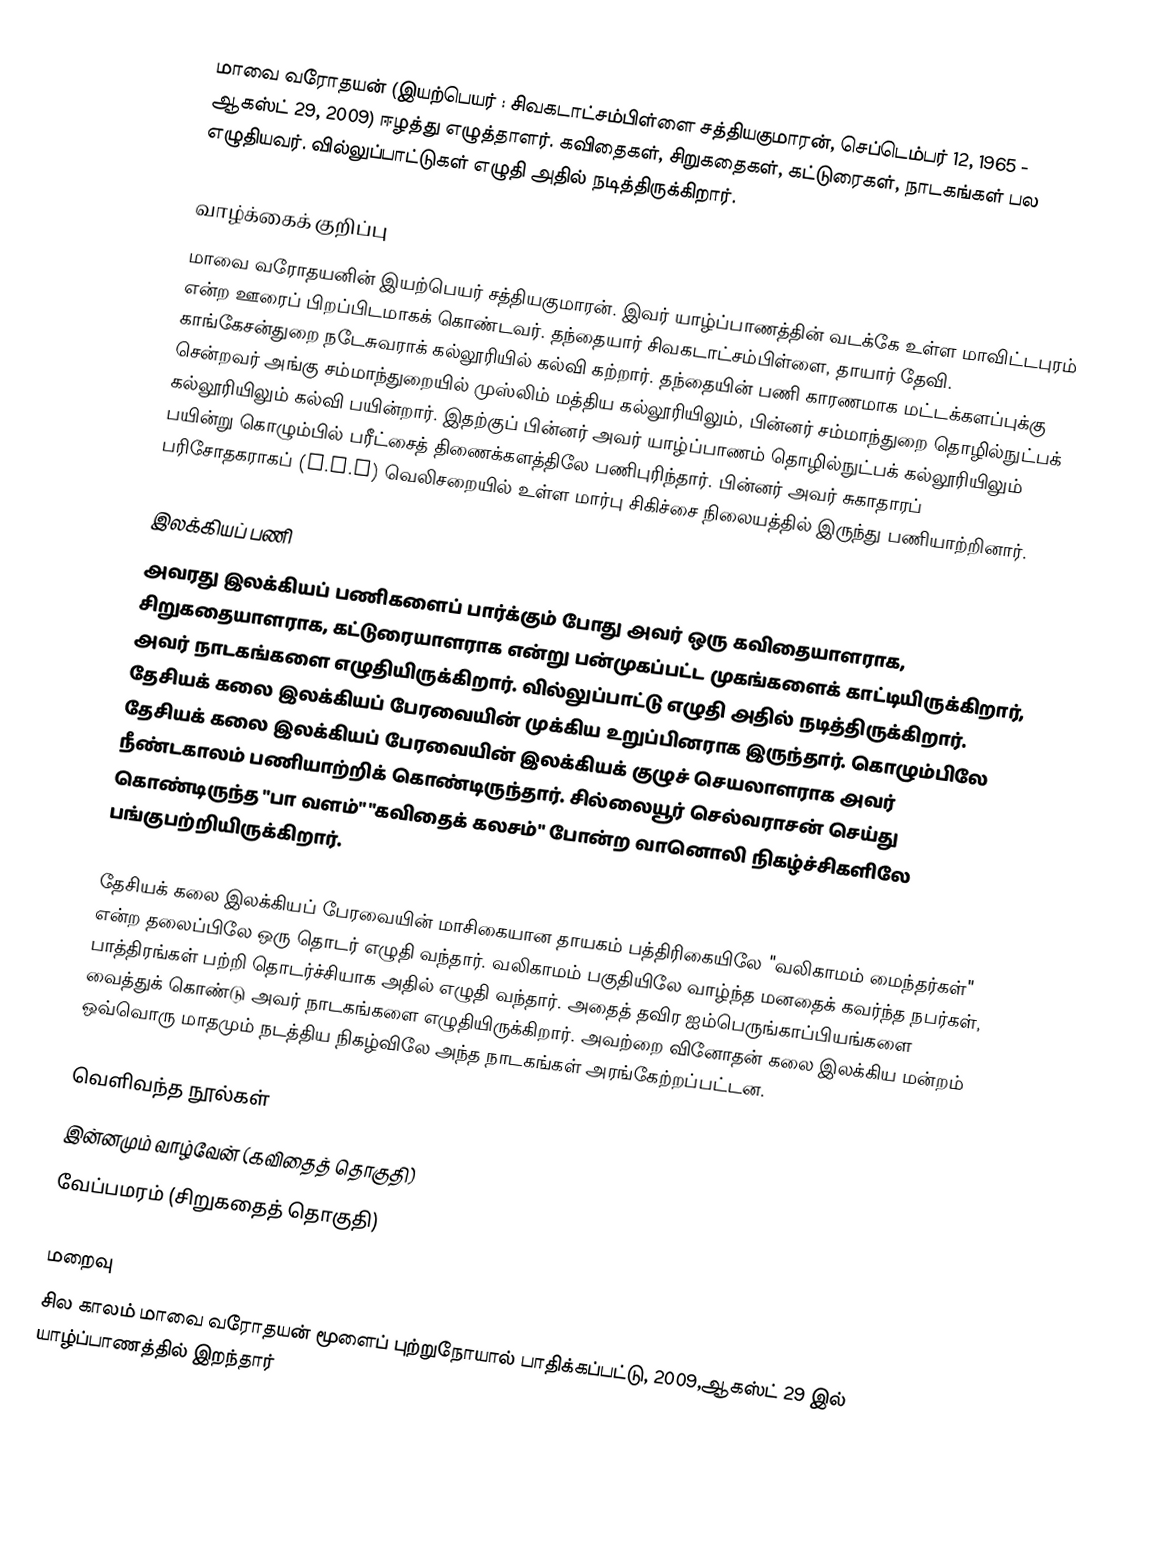
மாவை வரோதயன் (இயற்பெயர் : சிவகடாட்சம்பிள்ளை சத்தியகுமாரன், செப்டெம்பர் 12, 1965 - ஆகஸ்ட் 29, 2009) ஈழத்து எழுத்தாளர். கவிதைகள், சிறுகதைகள், கட்டுரைகள், நாடகங்கள் பல எழுதியவர். வில்லுப்பாட்டுகள் எழுதி அதில் நடித்திருக்கிறார்.

வாழ்க்கைக் குறிப்பு
மாவை வரோதயனின் இயற்பெயர் சத்தியகுமாரன். இவர் யாழ்ப்பாணத்தின் வடக்கே உள்ள மாவிட்டபுரம் என்ற ஊரைப் பிறப்பிடமாகக் கொண்டவர். தந்தையார் சிவகடாட்சம்பிள்ளை, தாயார் தேவி. காங்கேசன்துறை நடேசுவராக் கல்லூரியில் கல்வி கற்றார். தந்தையின் பணி காரணமாக மட்டக்களப்புக்கு சென்றவர் அங்கு சம்மாந்துறையில் முஸ்லிம் மத்திய கல்லூரியிலும், பின்னர் சம்மாந்துறை தொழில்நுட்பக் கல்லூரியிலும் கல்வி பயின்றார். இதற்குப் பின்னர் அவர் யாழ்ப்பாணம் தொழில்நுட்பக் கல்லூரியிலும் பயின்று கொழும்பில் பரீட்சைத் திணைக்களத்திலே பணிபுரிந்தார். பின்னர் அவர் சுகாதாரப் பரிசோதகராகப் (P.H.I) வெலிசறையில் உள்ள மார்பு சிகிச்சை நிலையத்தில் இருந்து பணியாற்றினார்.

இலக்கியப் பணி
அவரது இலக்கியப் பணிகளைப் பார்க்கும் போது அவர் ஒரு கவிதையாளராக, சிறுகதையாளராக, கட்டுரையாளராக என்று பன்முகப்பட்ட முகங்களைக் காட்டியிருக்கிறார், அவர் நாடகங்களை எழுதியிருக்கிறார். வில்லுப்பாட்டு எழுதி அதில் நடித்திருக்கிறார். தேசியக் கலை இலக்கியப் பேரவையின் முக்கிய உறுப்பினராக இருந்தார். கொழும்பிலே தேசியக் கலை இலக்கியப் பேரவையின் இலக்கியக் குழுச் செயலாளராக அவர் நீண்டகாலம் பணியாற்றிக் கொண்டிருந்தார். சில்லையூர் செல்வராசன் செய்து கொண்டிருந்த "பா வளம்" "கவிதைக் கலசம்" போன்ற வானொலி நிகழ்ச்சிகளிலே பங்குபற்றியிருக்கிறார்.

தேசியக் கலை இலக்கியப் பேரவையின் மாசிகையான தாயகம் பத்திரிகையிலே "வலிகாமம் மைந்தர்கள்" என்ற தலைப்பிலே ஒரு தொடர் எழுதி வந்தார். வலிகாமம் பகுதியிலே வாழ்ந்த மனதைக் கவர்ந்த நபர்கள், பாத்திரங்கள் பற்றி தொடர்ச்சியாக அதில் எழுதி வந்தார். அதைத் தவிர ஐம்பெருங்காப்பியங்களை வைத்துக் கொண்டு அவர் நாடகங்களை எழுதியிருக்கிறார். அவற்றை வினோதன் கலை இலக்கிய மன்றம் ஒவ்வொரு மாதமும் நடத்திய நிகழ்விலே அந்த நாடகங்கள் அரங்கேற்றப்பட்டன.

வெளிவந்த நூல்கள்
 இன்னமும் வாழ்வேன் (கவிதைத் தொகுதி)
 வேப்பமரம் (சிறுகதைத் தொகுதி)

மறைவு
சில காலம் மாவை வரோதயன் மூளைப் புற்றுநோயால் பாதிக்கப்பட்டு, 2009,ஆகஸ்ட் 29 இல் யாழ்ப்பாணத்தில் இறந்தார்